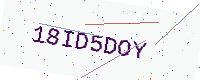
Text: 18ID5DOY